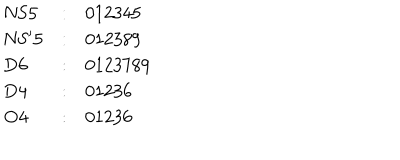
\begin{array} { l c l } { { \mathrm { N S 5 } } } & { { : } } & { { 0 1 2 3 4 5 } } \\ { { \mathrm { N S ^ { \prime } 5 } } } & { { : } } & { { 0 1 2 3 8 9 } } \\ { { \mathrm { D 6 } } } & { { : } } & { { 0 1 2 3 7 8 9 } } \\ { { \mathrm { D 4 } } } & { { : } } & { { 0 1 2 3 6 } } \\ { { \mathrm { O 4 } } } & { { : } } & { { 0 1 2 3 6 } } \\ \end{array}